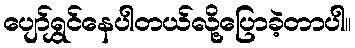
ပျော်ရွှင်နေပါတယ်လို့ပြောခဲ့တာပါ။